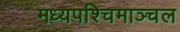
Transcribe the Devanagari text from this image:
मध्यपश्चिमाञ्चल